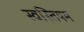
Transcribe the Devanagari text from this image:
स्वस्तियम